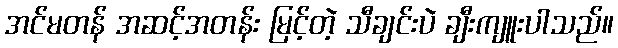
အင်မတန် အဆင့်အတန်း မြင့်တဲ့ သီချင်းပဲ ချီးကျူးပါသည်။